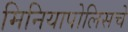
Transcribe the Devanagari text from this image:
मिनियापोलिसचे